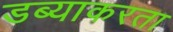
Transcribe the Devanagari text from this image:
डब्याकरता